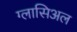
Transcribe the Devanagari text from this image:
ग्लासिअल